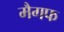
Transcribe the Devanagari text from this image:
मैगफ